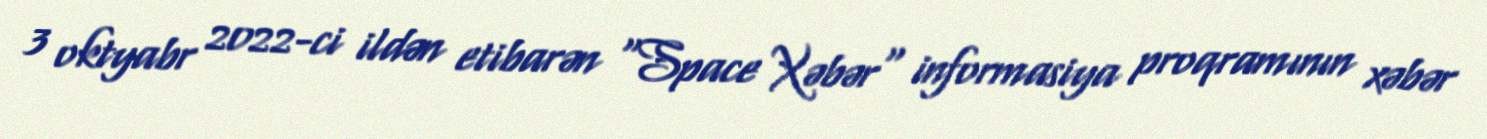
3 oktyabr 2022-ci ildən etibarən "Space Xəbər" informasiya proqramının xəbər